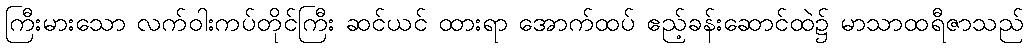
ကြီးမားသော လက်ဝါးကပ်တိုင်ကြီး ဆင်ယင် ထားရာ အောက်ထပ် ဧည့်ခန်းဆောင်ထဲ၌ မာသာထရီဇာသည်